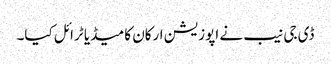
ڈی جی نیب نے اپوزیشن ارکان کا میڈیا ٹرائل کیا۔